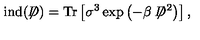
\mathrm { i n d } ( \not \! \! D ) = \mathrm { T r } \left[ \sigma ^ { 3 } \exp \left( - \beta \not \! \! D ^ { 2 } \right) \right] ,